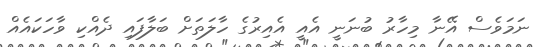
ނަމަވެސް އޭނާ މިހާރު ބުނަނީ އެއީ އެއިރުގެ ހާލަތަށް ބަލާފައި ދެއްކި ވާހަކައެއް